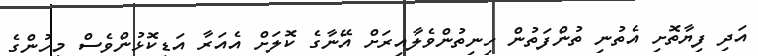
އަދި ފިޔާތޮށި އެތުނި ތުންފަތުން ހިނިތުންވެލާއިރަށް އޭނާގެ ކޮލަށް އެއަރާ އަޑިކޮޅުންވެސް މީހުންގެ